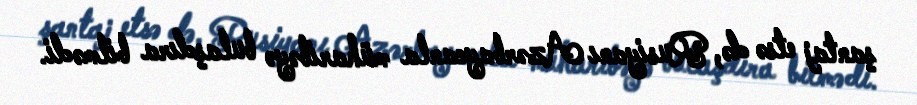
şantaj etsə də, Rusiyanı Azərbaycanla müharibəyə bulaşdıra bilmədi.